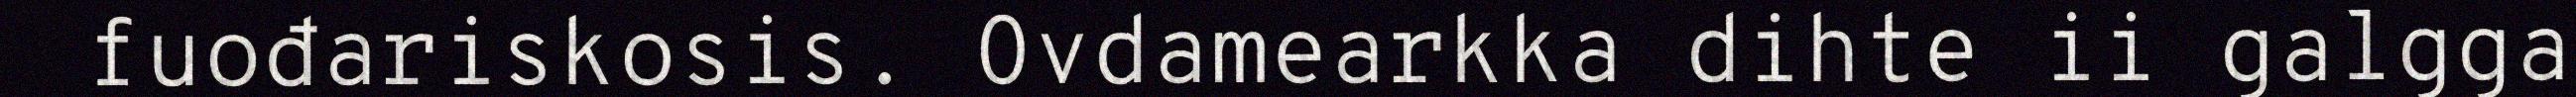
fuođariskosis. Ovdamearkka dihte ii galgga